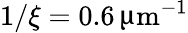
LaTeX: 1/\xi=0.6\, \upmu\mathrm{m}^{-1}